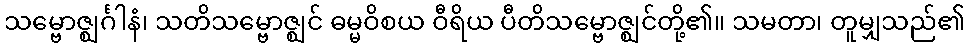
သမ္ဗောဇ္ဈင်္ဂါနံ၊ သတိသမ္ဗောဇ္ဈင် ဓမ္မဝိစယ ဝီရိယ ပီတိသမ္ဗောဇ္ဈင်တို့၏။ သမတာ၊ တူမျှသည်၏